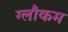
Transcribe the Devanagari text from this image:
ग्लौकम